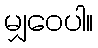
မျှဝေပါ။